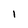
Character: 1